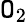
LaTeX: \mathtt{O}_{2}